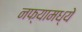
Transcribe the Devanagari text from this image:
नफ्यामध्ये